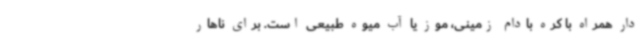
دار همراه با کره بادام زمینی، موز یا آب میوه طبیعی است. برای ناهار